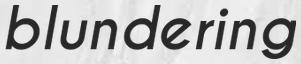
blundering